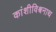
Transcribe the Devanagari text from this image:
कांशीविश्वनाथ